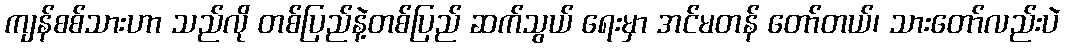
ကျန်စစ်သားဟာ သည်လို တစ်ပြည်နဲ့တစ်ပြည် ဆက်သွယ် ရေးမှာ အင်မတန် တော်တယ်၊ သားတော်လည်းပဲ